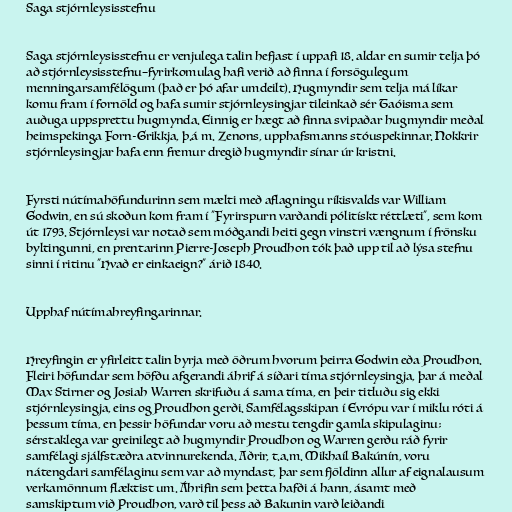
Saga stjórnleysisstefnu

Saga stjórnleysisstefnu er venjulega talin hefjast í uppafi 18. aldar en sumir telja þó
að stjórnleysisstefnu–fyrirkomulag hafi verið að finna í forsögulegum
menningarsamfélögum (það er þó afar umdeilt). Hugmyndir sem telja má líkar
komu fram í fornöld og hafa sumir stjórnleysingjar tileinkað sér Taóisma sem
auðuga uppsprettu hugmynda. Einnig er hægt að finna svipaðar hugmyndir meðal
heimspekinga Forn-Grikkja, þ.á m. Zenons, upphafsmanns stóuspekinnar. Nokkrir
stjórnleysingjar hafa enn fremur dregið hugmyndir sínar úr kristni.

Fyrsti nútímahöfundurinn sem mælti með aflagningu ríkisvalds var William
Godwin, en sú skoðun kom fram í "Fyrirspurn varðandi pólitískt réttlæti", sem kom
út 1793. Stjórnleysi var notað sem móðgandi heiti gegn vinstri vængnum í frönsku
byltingunni, en prentarinn Pierre-Joseph Proudhon tók það upp til að lýsa stefnu
sinni í ritinu "Hvað er einkaeign?" árið 1840.

Upphaf nútímahreyfingarinnar.

Hreyfingin er yfirleitt talin byrja með öðrum hvorum þeirra Godwin eða Proudhon.
Fleiri höfundar sem höfðu afgerandi áhrif á síðari tíma stjórnleysingja, þar á meðal
Max Stirner og Josiah Warren skrifuðu á sama tíma, en þeir titluðu sig ekki
stjórnleysingja, eins og Proudhon gerði. Samfélagsskipan í Evrópu var í miklu róti á
þessum tíma, en þessir höfundar voru að mestu tengdir gamla skipulaginu;
sérstaklega var greinilegt að hugmyndir Proudhon og Warren gerðu ráð fyrir
samfélagi sjálfstæðra atvinnurekenda. Aðrir, t.a.m. Mikhaíl Bakúnín, voru
nátengdari samfélaginu sem var að myndast, þar sem fjöldinn allur af eignalausum
verkamönnum flæktist um. Áhrifin sem þetta hafði á hann, ásamt með
samskiptum við Proudhon, varð til þess að Bakunin varð leiðandi